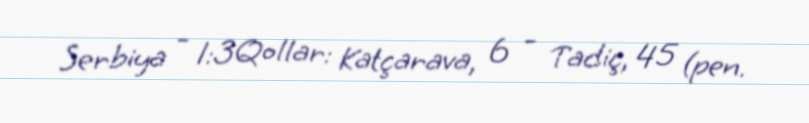
Serbiya - 1:3Qollar: Katçarava, 6 - Tadiç, 45 (pen.